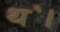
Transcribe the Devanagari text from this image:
थ॓।